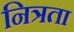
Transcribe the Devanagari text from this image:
नित्रता